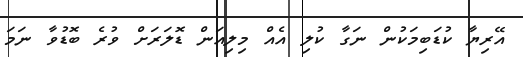
އޭރިޔާ ކުޑަބިމަކުން ނަގާ ކުލި އެއް މިލިއަން ޑޮލަރަށް ވުރެ ބޮޑުވާ ނަމަ